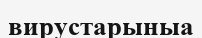
вирустарыныа